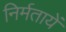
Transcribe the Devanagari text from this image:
निर्मतायें